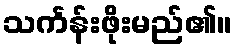
သင်္ကန်းဖိုးမည်၏။